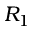
R _ { 1 }